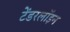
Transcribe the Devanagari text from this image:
टेंडरलॉइन